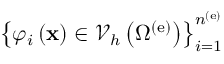
\left\{ \varphi _ { i } \left( { \bf x } \right) \in { \mathscr V } _ { h } \left( \Omega ^ { \left( \mathrm { e } \right) } \right) \right\} _ { i = 1 } ^ { n ^ { \left( \mathrm { e } \right) } }